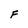
Character: F